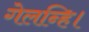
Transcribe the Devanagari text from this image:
गेलन्हि।